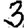
Digit: 3